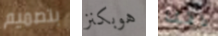
بتصميم هوبكنز دافئا